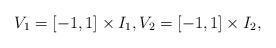
LaTeX: \begin{align*}V_1=[-1,1]\times I_1, V_2=[-1,1]\times I_2,\end{align*}